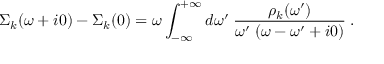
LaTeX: \Sigma _ { k } ( \omega + i 0 ) - \Sigma _ { k } ( 0 ) = \omega \int _ { - \infty } ^ { + \infty } d \omega ^ { \prime } \; \frac { \rho _ { k } ( \omega ^ { \prime } ) } { \omega ^ { \prime } \; ( \omega - \omega ^ { \prime } + i 0 ) } \; .